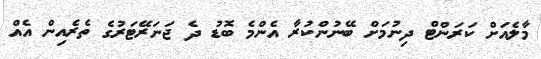
މާލެއަށް ކަރަންޓް ދިނުމަށް ބޭނުންކުރާ އެންމެ ބޮޑު ދެ ޖަނަރޭޓަރުގެ ތެރެއިން އެއް